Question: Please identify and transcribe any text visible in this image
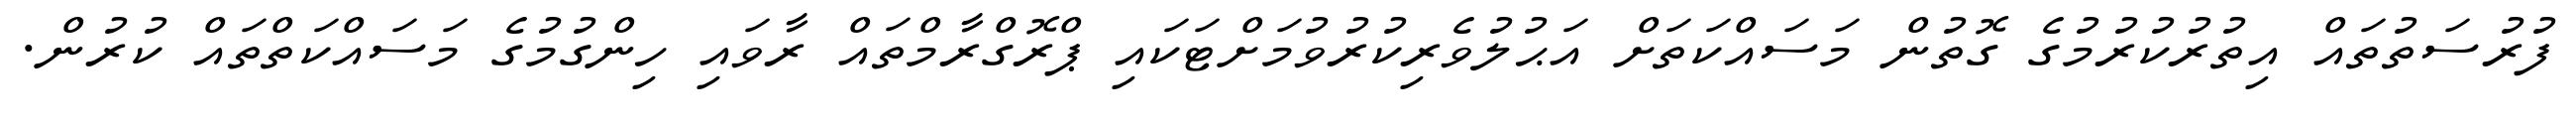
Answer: ފުރުސަތުތައް އިތުރުކުރުމުގެ ގޮތުން މަސައްކަތަށް އަޙުލުވެރިކުރުވުމަށްޓަކައި ޕްރޮގްރާމްތައް ރާވައި ހިންގުމުގެ މަސައްކަތްތައް ކުރުން.